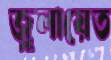
জুলায়েত